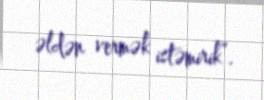
əldən vermək istəmirik”.